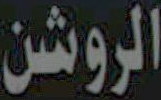
الروشن